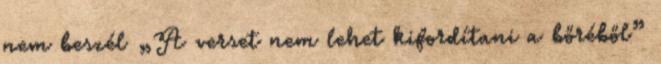
nem beszél „A verset nem lehet kifordítani a bőréből”